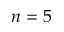
n = 5